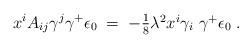
LaTeX: \begin{align*} x^{i}A_{ij}\gamma^{j}\gamma^{+}\epsilon_{0} \;=\; -\textstyle{\frac{1}{8}}\lambda^{2} x^{i}\gamma_{i}\ \gamma^{+}\epsilon_{0} \; .\end{align*}